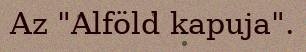
Az "Alföld kapuja".